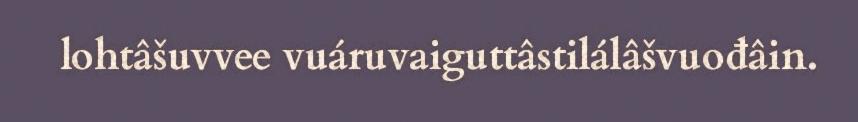
lohtâšuvvee vuáruvaiguttâstilálâšvuođâin.